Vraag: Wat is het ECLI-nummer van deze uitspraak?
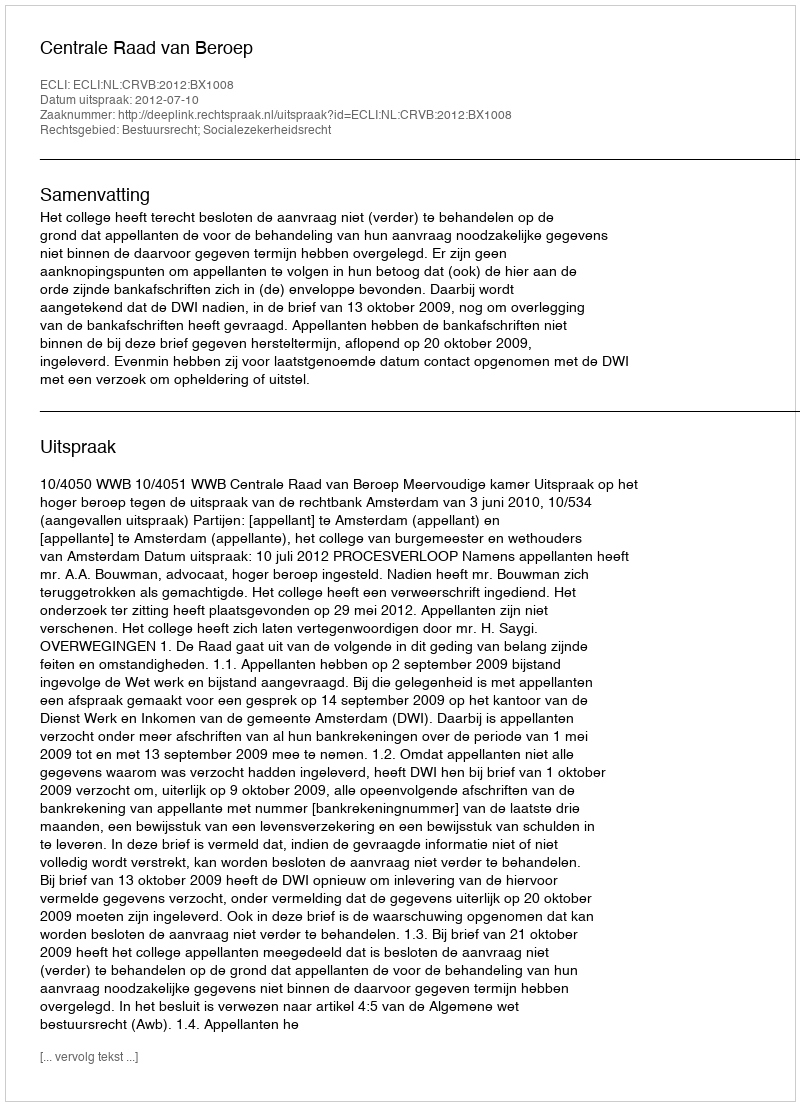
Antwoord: ECLI:NL:CRVB:2012:BX1008